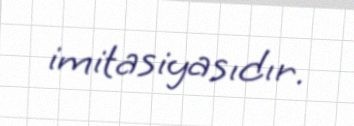
imitasiyasıdır.